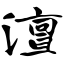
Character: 澶